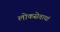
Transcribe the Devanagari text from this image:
लोकसेवायां